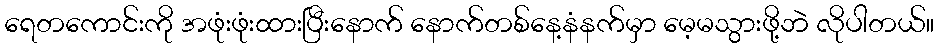
ရေတကောင်းကို အဖုံးဖုံးထားပြီးနောက် နောက်တစ်နေ့နံနက်မှာ မေ့မသွားဖို့ဘဲ လိုပါတယ်။